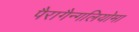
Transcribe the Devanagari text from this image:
पैरागैन्गलियोमा